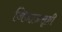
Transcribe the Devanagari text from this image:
जिजाऊसृष्टी